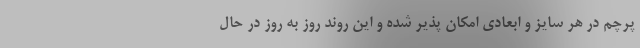
پرچم در هر سایز و ابعادی امکان پذیر شده و این روند روز به روز در حال